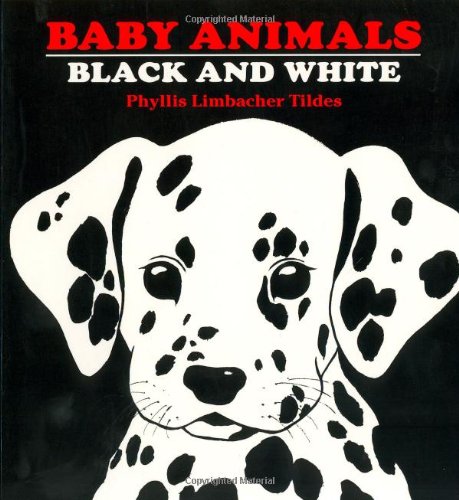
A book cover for Baby Animals Black and White; Phyllis Limbacher Tildes; Children's Books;